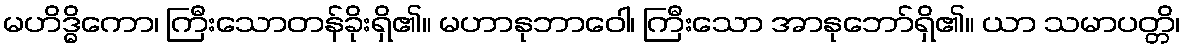
မဟိဒ္ဓိကော၊ ကြီးသောတန်ခိုးရှိ၏။ မဟာနုဘာဝေါ၊ ကြီးသော အာနုဘော်ရှိ၏။ ယာ သမာပတ္တိ၊